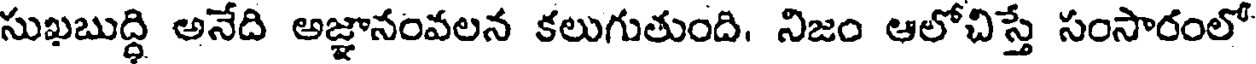
సుఖబుద్ధి అనేది అజ్ఞానంవలన కలుగుతుంది. నిజం ఆలోచిస్తే సంసారంలో